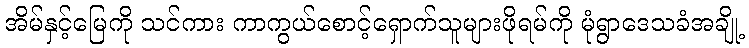
အိမ်နှင့်မြေကို သင်ကား ကာကွယ်စောင့်ရှောက်သူများဖိုရမ်ကို မုံရွာဒေသခံအချို့